Report of the Indian Hemp Drugs Commission, 1894-1895 - Volume IV
Year: 1894
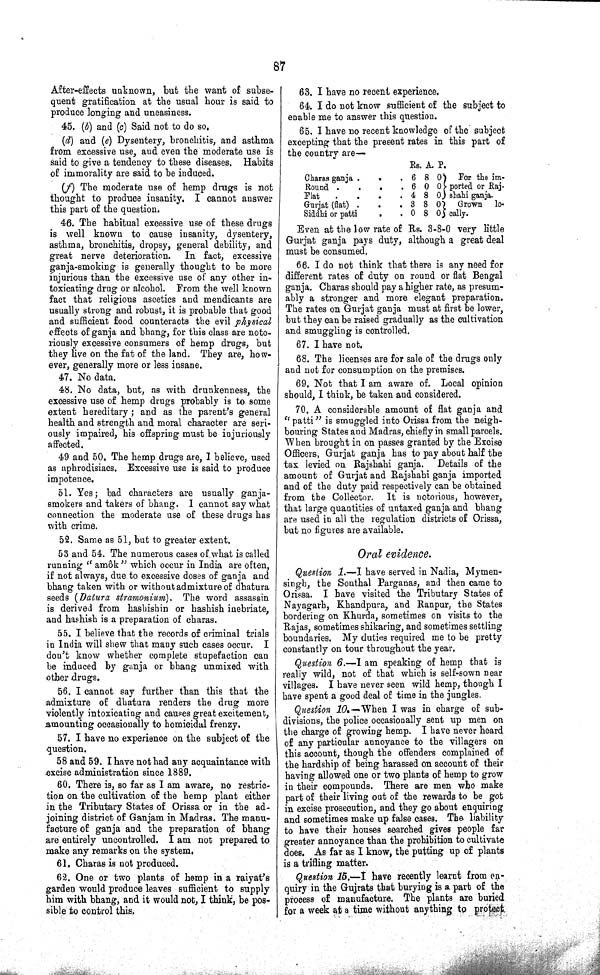
87
After-effects unknown, but the want of subse¬
quent gratification at the usual hour is said to
produce longing and uneasiness.
45. (b) and (c) Said not to do so.
(d) and (e) Dysentery, bronchitis, and asthma
from excessive use, and even the moderate use is
said to give a tendency to these diseases. Habits
of immorality are said to be induced.
(f) The moderate use of hemp drugs is not
thought to produce insanity. I cannot answer
this part of the question.
46. The habitual excessive use of these drugs
is well known to cause insanity, dysentery,
asthma, bronchitis, dropsy, general debility, and
great nerve deterioration. In fact, excessive
ganja-smoking is generally thought to be more
injurious than the excessive use of any other in¬
toxicating drug or alcohol. From the well known
fact that religious ascetics and mendicants are
usually strong and robust, it is probable that good
and sufficient food counteracts the evil physical
effects of ganja and bhang, for this class are noto¬
riously excessive consumers of hemp drugs, but
they live on the fat of the land. They are, how¬
ever, generally more or less insane.
47. No data.
48. No data, but, as with drunkenness, the
excessive use of hemp drugs probably is to some
extent hereditary; and as the parent's general
health and strength and moral character are seri¬
ously impaired, his offspring must be injuriously
affected.
49 and 50. The hemp drugs are, I believe, used
as aphrodisiacs. Excessive use is said to produce
impotence.
51. Yes; bad characters are usually ganja-
smokers and takers of bhang. I cannot say what
connection the moderate use of these drugs has
with crime.
52. Same as 51, but to greater extent.
53 and 54. The numerous cases of what is called
running "amôk" which occur in India are often,
if not always, due to excessive doses of ganja and
bhang taken with or without admixture of dhatura
seeds (Datura stramonium). The word assassin
is derived from hashishin or hashish inebriate,
and hashish is a preparation of charas.
55. I believe that the records of criminal trials
in India will shew that many such cases occur. I
don't know whether complete stupefaction can
be induced by ganja or bhang unmixed with
other drugs.
56. I cannot say further than this that the
admixture of dhatura renders the drug more
violently intoxicating and causes great excitement,
amounting occasionally to homicidal frenzy.
57. I have no experience on the subject of the
question.
58 and 59. I have not had any acquaintance with
excise administration since 1889.
60. There is, so far as I am aware, no restric¬
tion on the cultivation of the hemp plant either
in the Tributary States of Orissa or in the ad¬
joining district of Ganjam in Madras. The manu¬
facture of ganja and the preparation of bhang
are entirely uncontrolled. I am not prepared to
make any remarks on the system.
61. Charas is not produced.
62. One or two plants of hemp in a raiyat's
garden would produce leaves sufficient to supply
him with bhang, and it would not, I think, be pos¬
sible to control this.
63. I have no recent experience.
64. I do not know sufficient of the subject to
enable me to answer this question.
65. I have no recent knowledge of the subject
excepting that the present rates in this part of
the country are—
Rs. A. P.
Charas ganja
6 8 0 For the im-
Round
6 0 0 ported or Raj-
Flat
4 8 0 shahi ganja.
Gurjat (flat)
3 8 0 Grown lo-
Siddhi or patti
0 8 0 cally.
Even at the low rate of Rs. 3-8-0 very little
Gurjat ganja pays duty, although a great deal
must be consumed.
66. I do not think that there is any need for
different rates of duty on round or flat Bengal
ganja. Charas should pay a higher rate, as presum¬
ably a stronger and more elegant preparation.
The rates on Gurjat ganja must at first be lower,
but they can be raised gradually as the cultivation
and smuggling is controlled.
67. I have not.
68. The licenses are for sale of the drugs only
and not for consumption on the premises.
69. Not that I am aware of. Local opinion
should, I think, be taken and considered.
70. A considerable amount of flat ganja and
"patti" is smuggled into Orissa from the neigh¬
bouring States and Madras, chiefly in small parcels.
When brought in on passes granted by the Excise
Officers, Gurjat ganja has to pay about half the
tax levied on Rajshahi ganja. Details of the
amount of Gurjat and Rajshahi ganja imported
and of the duty paid respectively can be obtained
from the Collector. It is notorious, however,
that large quantities of untaxed ganja and bhang
are used in all the regulation districts of Orissa,
but no figures are available.
Oral evidence.
Question 1.—I have served in Nadia, Mymen-
singh, the Sonthal Parganas, and then came to
Orissa. I have visited the Tributary States of
Nayagarh, Khandpura, and Ranpur, the States
bordering on Khurda, sometimes on visits to the
Rajas, sometimes shikaring, and sometimes settling
boundaries. My duties required me to be pretty
constantly on tour throughout the year.
Question 6.—I am speaking of hemp that is
really wild, not of that which is self-sown near
villages. I have never seen wild hemp, though I
have spent a good deal of time in the jungles.
Question 10.—When I was in charge of sub¬
divisions, the police occasionally sent up men on
the charge of growing hemp. I have never heard
of any particular annoyance to the villagers on
this account, though the offenders complained of
the hardship of being harassed on account of their
having allowed one or two plants of hemp to grow
in their compounds. There are men who make
part of their living out of the rewards to be got
in excise prosecution, and they go about enquiring
and sometimes make up false cases. The liability
to have their houses searched gives people far
greater annoyance than the prohibition to cultivate
does. As far as I know, the putting up of plants
is a trifling matter.
Question 15.—I have recently learnt from en¬
quiry in the Gujrats that burying is a part of the
process of manufacture. The plants are buried
for a week at a time without anything to protect